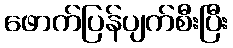
ဖောက်ပြန်ပျက်စီးပြီး